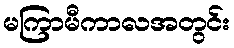
မကြာမီကာလအတွင်း